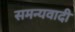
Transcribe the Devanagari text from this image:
समन्यवादी